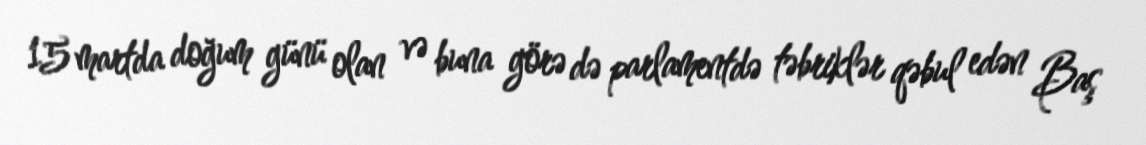
15 martda doğum günü olan və buna görə də parlamentdə təbriklər qəbul edən Baş